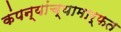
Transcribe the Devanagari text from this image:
कंपन्यांच्यामार्फत